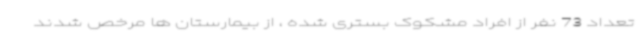
تعداد 73 نفر از افراد مشکوک بستری شده ، از بیمارستان ها مرخص شدند